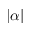
| \alpha |